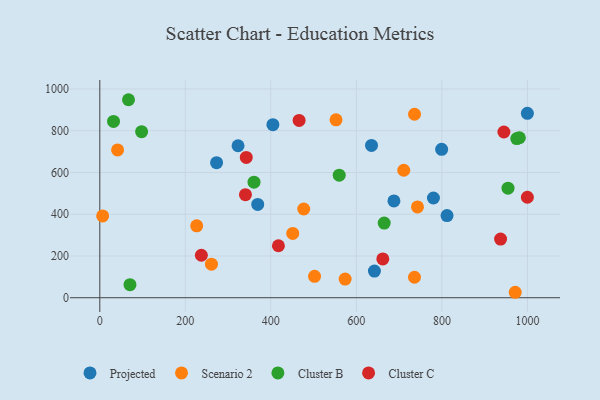
{"axis": {"x": "Distance", "y": "Demand"}, "legend": ["Cluster B", "Cluster C", "Projected", "Scenario 2"], "data": [{"x": "635.4", "y": 729.5, "type": "Projected"}, {"x": "369.3", "y": 447.0, "type": "Projected"}, {"x": "999.9", "y": 883.5, "type": "Projected"}, {"x": "780.2", "y": 477.6, "type": "Projected"}, {"x": "642.2", "y": 127.5, "type": "Projected"}, {"x": "799.4", "y": 711.1, "type": "Projected"}, {"x": "812.0", "y": 393.3, "type": "Projected"}, {"x": "323.3", "y": 728.0, "type": "Projected"}, {"x": "404.8", "y": 829.0, "type": "Projected"}, {"x": "687.8", "y": 463.5, "type": "Projected"}, {"x": "273.1", "y": 647.0, "type": "Projected"}, {"x": "736.0", "y": 878.9, "type": "Scenario 2"}, {"x": "41.6", "y": 707.8, "type": "Scenario 2"}, {"x": "6.6", "y": 391.7, "type": "Scenario 2"}, {"x": "971.5", "y": 26.1, "type": "Scenario 2"}, {"x": "573.7", "y": 89.1, "type": "Scenario 2"}, {"x": "226.6", "y": 344.2, "type": "Scenario 2"}, {"x": "476.9", "y": 425.0, "type": "Scenario 2"}, {"x": "502.2", "y": 102.4, "type": "Scenario 2"}, {"x": "742.9", "y": 434.9, "type": "Scenario 2"}, {"x": "451.2", "y": 308.0, "type": "Scenario 2"}, {"x": "552.4", "y": 852.2, "type": "Scenario 2"}, {"x": "735.9", "y": 98.0, "type": "Scenario 2"}, {"x": "261.1", "y": 160.8, "type": "Scenario 2"}, {"x": "710.8", "y": 610.6, "type": "Scenario 2"}, {"x": "97.8", "y": 795.3, "type": "Cluster B"}, {"x": "32.1", "y": 844.5, "type": "Cluster B"}, {"x": "981.2", "y": 766.4, "type": "Cluster B"}, {"x": "665.1", "y": 357.6, "type": "Cluster B"}, {"x": "360.6", "y": 553.4, "type": "Cluster B"}, {"x": "67.1", "y": 948.5, "type": "Cluster B"}, {"x": "975.1", "y": 762.4, "type": "Cluster B"}, {"x": "70.6", "y": 62.3, "type": "Cluster B"}, {"x": "559.9", "y": 587.1, "type": "Cluster B"}, {"x": "954.6", "y": 524.6, "type": "Cluster B"}, {"x": "945.0", "y": 794.0, "type": "Cluster C"}, {"x": "237.5", "y": 203.4, "type": "Cluster C"}, {"x": "417.7", "y": 249.0, "type": "Cluster C"}, {"x": "342.5", "y": 672.3, "type": "Cluster C"}, {"x": "340.6", "y": 493.7, "type": "Cluster C"}, {"x": "661.8", "y": 185.8, "type": "Cluster C"}, {"x": "466.1", "y": 849.5, "type": "Cluster C"}, {"x": "999.9", "y": 481.2, "type": "Cluster C"}, {"x": "937.2", "y": 281.1, "type": "Cluster C"}]}